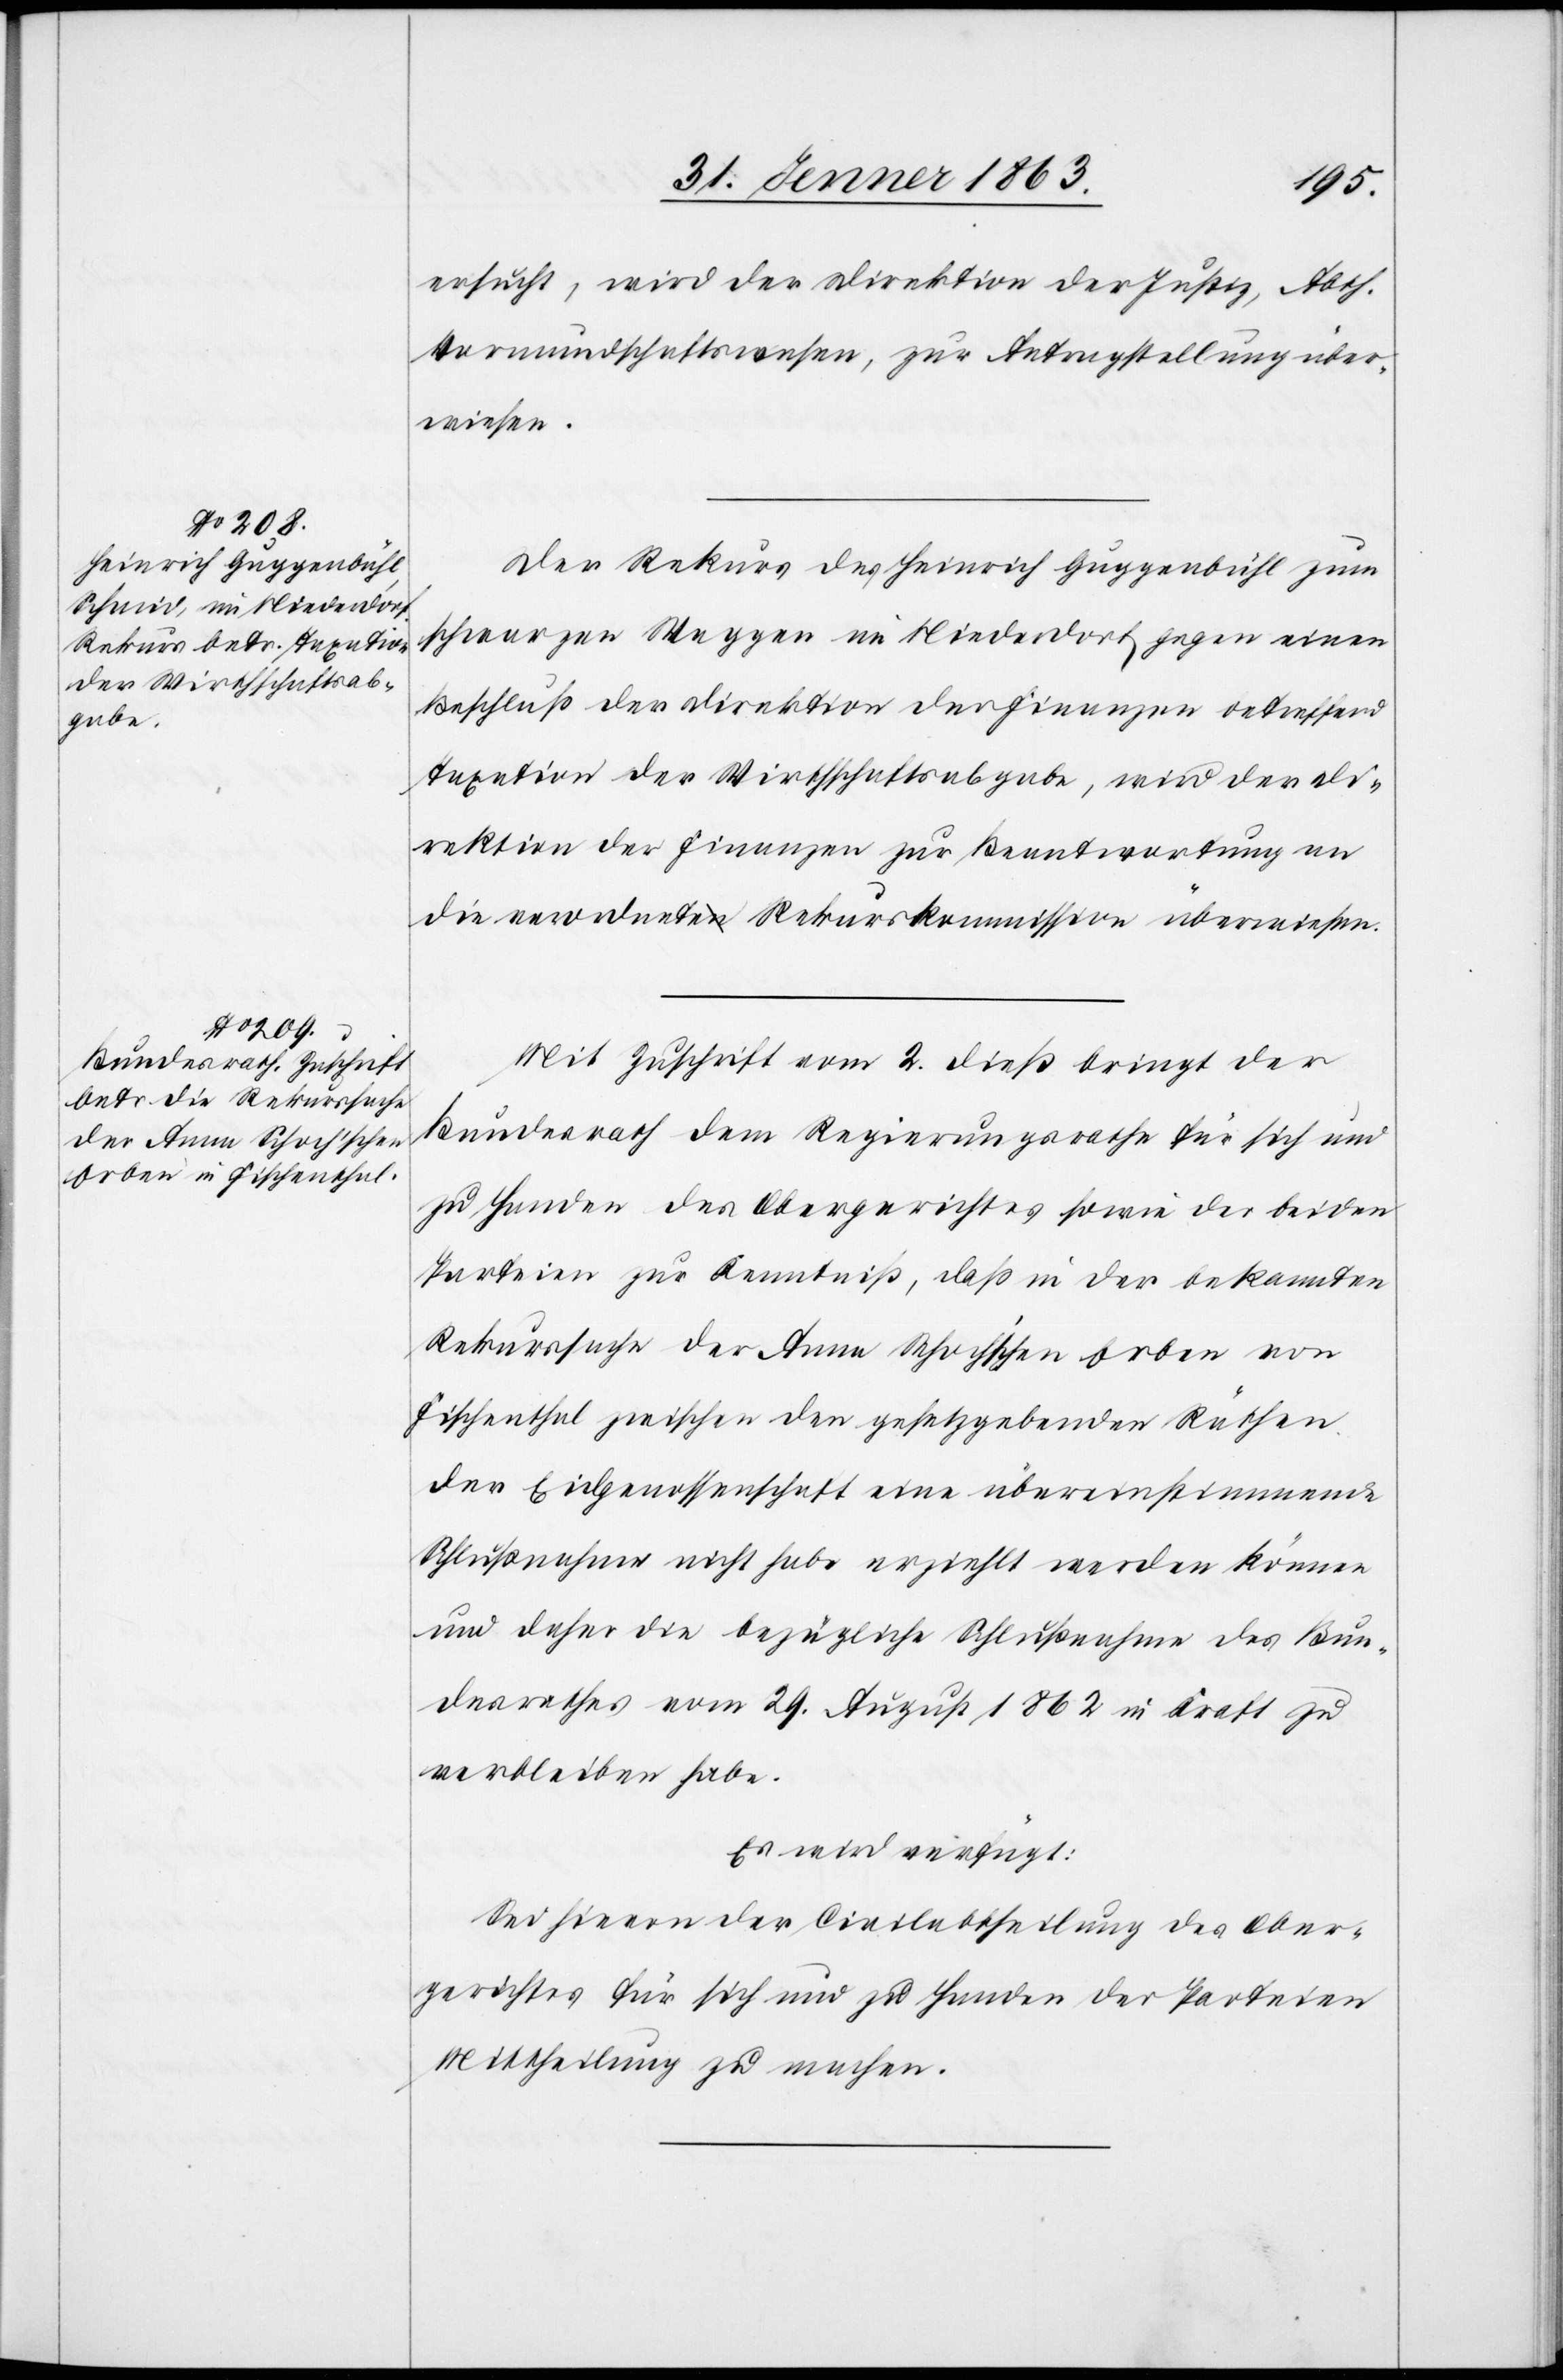
ersucht, wird der Direktion der Justiz, Abth.
Vormundschaftswesen, zur Antragstellung über¬
wiesen.
Der Rekurs des Heinrich Guggenbühl zum
schwarzen Weggen im Niederdorf gegen einen
Beschluß der Direktion der Finanzen betreffend
Taxation der Wirthschaftsabgabe, wird der Di¬
rektion der Finanzen zur Beantwortung an
die verordnete Rekurskommission überwiesen.
Mit Zuschrift vom 2. dieß bringt der
Bundesrath dem Regierungsrathe für sich und
zu Handen des Obergerichtes sowie der beiden
Parteien zur Kenntniß, daß in der bekannten
Rekurssache der Anna Schoch'schen Erben von
Fischenthal zwischen den gesetzgebenden Räthen
der Eidgenossenschaft eine übereinstimmende
Schlußnahme nicht habe erziehlt werden können
und daher die bezügliche Schlußnahme des Bun¬
desrathes vom 29. August 1862 in Kraft zu
verbleiben habe.
Es wird verfügt:
Sei hievon der Civilabtheilung des Ober¬
gerichtes für sich und zu Handen der Parteien
Mittheilung zu machen.